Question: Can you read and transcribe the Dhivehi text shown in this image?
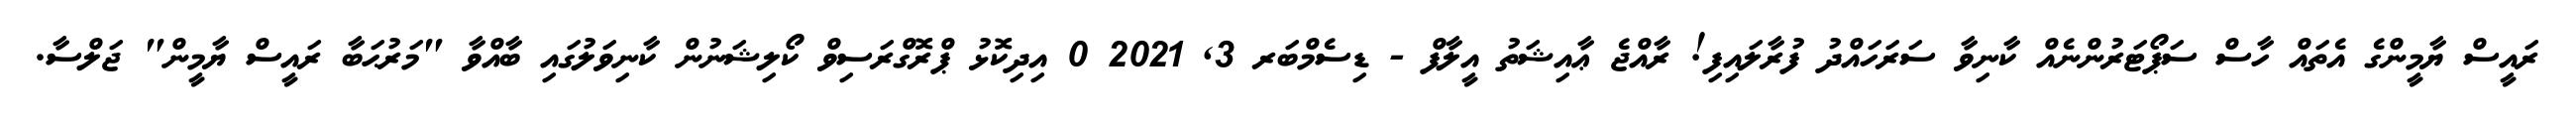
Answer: ރައީސް ޔާމީންގެ އެތައް ހާސް ސަޕޯޓަރުންނެއް ކާނިވާ ސަރަހައްދު ފުރާލައިފި! ރާއްޖެ ޢާއިޝަތު އީލާފް - ޑިސެމްބަރ 3, 2021 0 އިދިކޮޅު ޕްރޮގްރަސިވް ކޯލިޝަނުން ކާނިވަލުގައި ބާއްވާ "މަރުޙަބާ ރައީސް ޔާމީން" ޖަލްސާ.